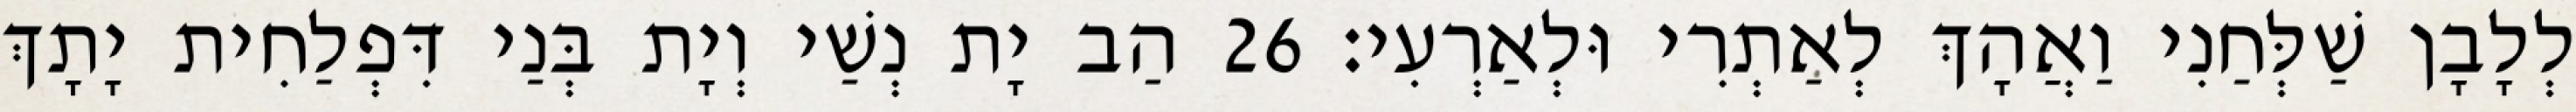
לְלָבָן שַׁלְּחַנִי וַאֲהָךְ לְאַתְרִי וּלְאַרְעִי׃ 26 הַב יָת נְשַׁי וְיָת בְּנַי דִּפְלַחִית יָתָךְ